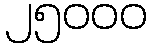
၂၅၀၀၀